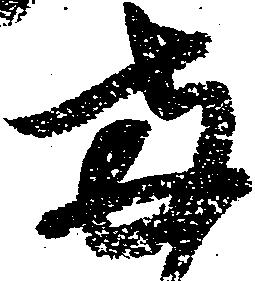
両